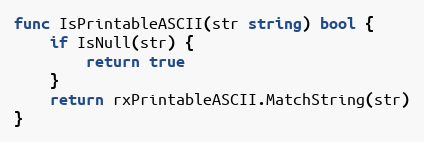
Language: Go
func IsPrintableASCII(str string) bool {
	if IsNull(str) {
		return true
	}
	return rxPrintableASCII.MatchString(str)
}